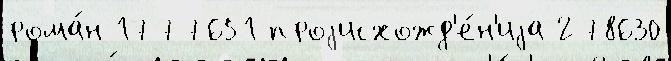
рома́н 1777651 проjисхожд'е́н'иjа 278630